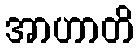
အာဟာတိ